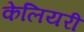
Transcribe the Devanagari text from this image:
केलियरी